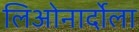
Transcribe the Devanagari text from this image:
लिओनार्दोला